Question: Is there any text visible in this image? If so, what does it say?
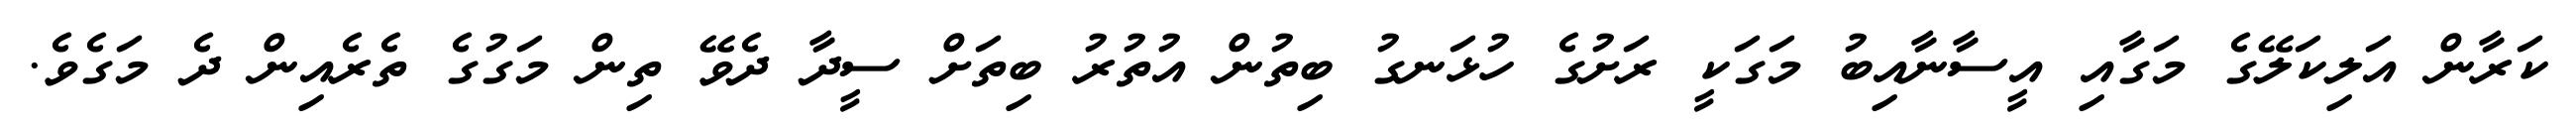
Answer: ކަރާން އަލިކަލޭގެ މަގާއި އީސާނާއިބު މަގަކީ ރަށުގެ ހުޅަނގު ބިތުން އުތުރު ބިތަށް ސީދާ ދެވޭ ތިން މަގުގެ ތެރެއިން ދެ މަގެވެ.